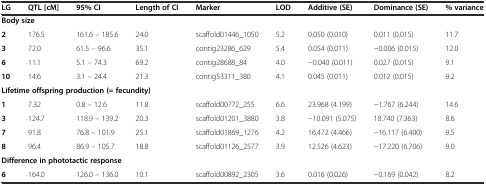
| LG | QTL [cM] | 95% CI | Length of CI | Marker | LOD | Additive (SE) | Dominance (SE) | % variance |
 | --- | --- | --- | --- | --- | --- | --- | --- | --- |
 | <COLSPAN=9> Body size |
 | 2 | 176.5 | 161.6 – 185.6 | 24.0 | scaffold01446_1050 | 5.2 | 0.050 (0.010) | 0.011 (0.015) | 11.7 |
 | 3 | 72.0 | 61.5 – 96.6 | 35.1 | contig23286_629 | 5.4 | 0.054 (0.011) | -0.006 (0.015) | 12.0 |
 | 6 | 11.1 | 5.1 – 74.3 | 69.2 | contig28688_84 | 4.0 | -0.040 (0.011) | 0.027 (0.015) | 9.1 |
 | 10 | 14.6 | 3.1 – 24.4 | 21.3 | contig53311_380 | 4.1 | 0.045 (0.011) | 0.012 (0.015) | 9.2 |
 | <COLSPAN=9> Lifetime offspring production (= fecundity) |
 | 1 | 7.32 | 0.8 – 12.6 | 11.8 | scaffold00772_255 | 6.6 | 23.968 (4.199) | -1.767 (6.244) | 14.6 |
 | 3 | 124.7 | 118.9 – 139.2 | 20.3 | scaffold01201_3880 | 3.8 | -10.091 (5.075) | 18.740 (7.363) | 8.6 |
 | 7 | 91.8 | 76.8 – 101.9 | 25.1 | scaffold01869_1276 | 4.2 | 16.472 (4.466) | -16.117 (6.400) | 9.5 |
 | 8 | 96.4 | 86.9 – 105.7 | 18.8 | scaffold01126_2577 | 3.9 | 12.526 (4.623) | -17.220 (6.706) | 9.0 |
 | <COLSPAN=9> Difference in phototactic response |
 | 6 | 164.0 | 126.0 – 136.0 | 10.1 | scaffold00892_2305 | 3.6 | 0.016 (0.026) | -0.169 (0.042) | 8.2 |